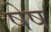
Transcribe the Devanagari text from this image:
षेष